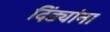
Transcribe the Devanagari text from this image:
दिंड्यांना